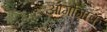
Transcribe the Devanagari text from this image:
आर्गोग्राफ